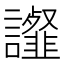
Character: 𧭸